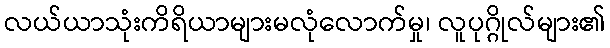
လယ်ယာသုံးကိရိယာများမလုံလောက်မှု၊ လူပုဂ္ဂိုလ်များ၏